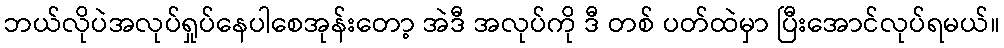
ဘယ်လိုပဲအလုပ်ရှုပ်နေပါစေအုန်းတော့ အဲဒီ အလုပ်ကို ဒီ တစ် ပတ်ထဲမှာ ပြီးအောင်လုပ်ရမယ်။